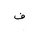
Letter: _fa